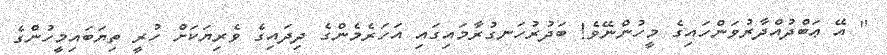
" އޭ ޢަބްދުއްދާރުވަންހައިގެ މީހުންނޭވެ! ބަދުރުހަނގުރާމައިގައި އަހަރެމެންގެ ދިދައިގެ ވެރިޔަކަށް ހުރީ ތިޔަބައިމީހުންގެ